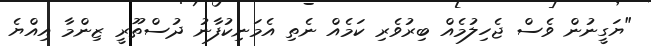
"ޔަގީނުން ވެސް ޖެހިލުމެއް ބިރުވެރި ކަމެއް ނެތި އެމަނިކުފާނު ދުސްތޫރީ ޒިންމާ އިއްޔެ